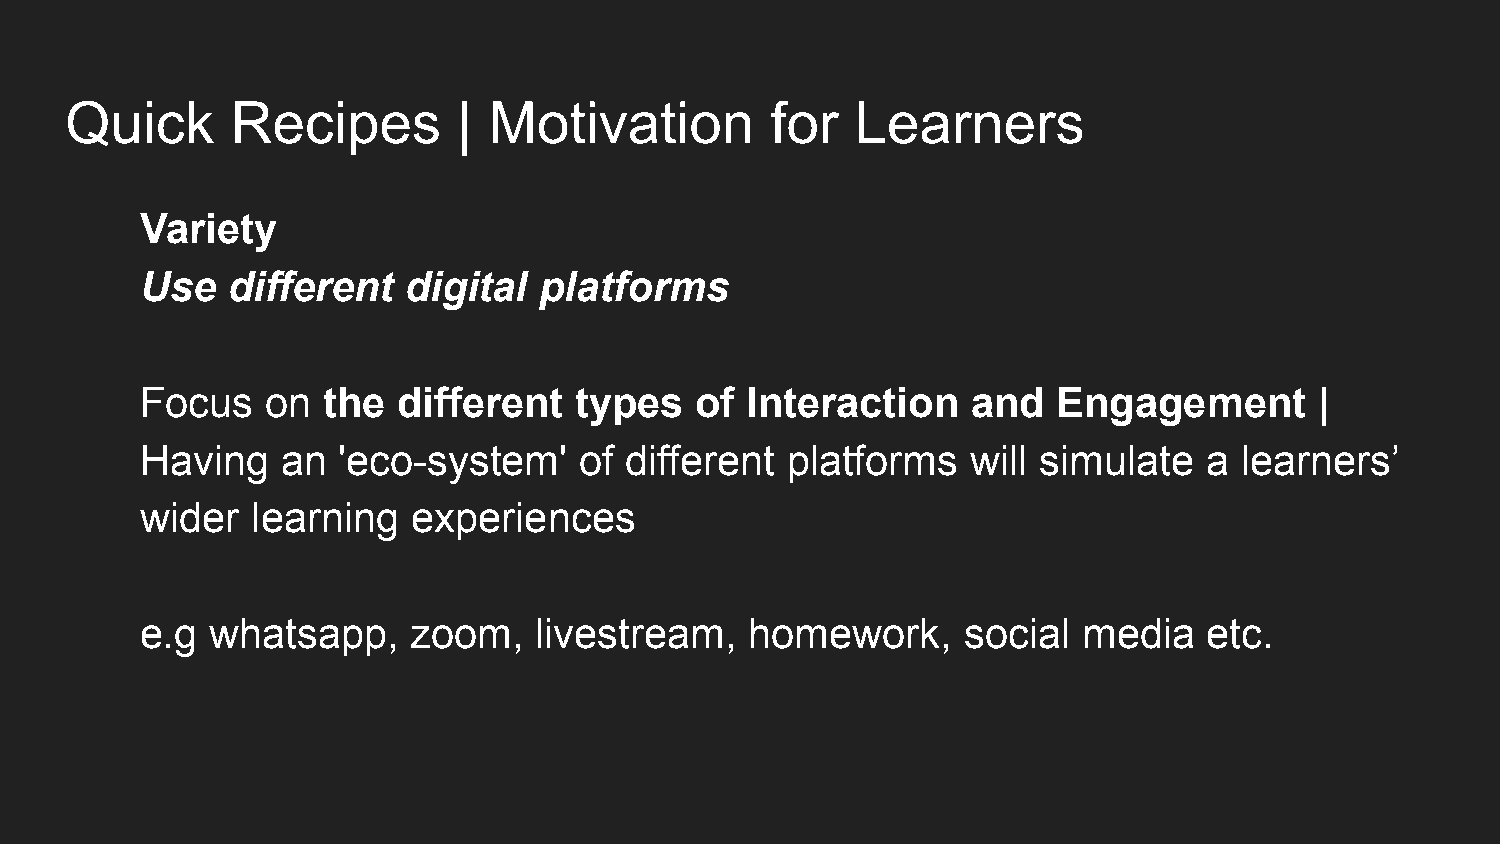
Quick      Recipes        | Motivation         for   Learners
 Variety
 Use   different   digital  platforms
 Focus    on the  different   types   of Interaction    and   Engagement       |
 Having    an 'eco-system'    of different  platforms   will simulate   a learners’
 wider   learning  experiences
 e.g  whatsapp,    zoom,   livestream,    homework,     social  media   etc.